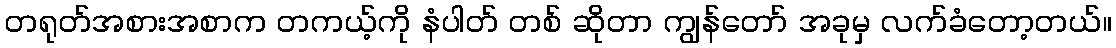
တရုတ်အစားအစာက တကယ့်ကို နံပါတ် တစ် ဆိုတာ ကျွန်တော် အခုမှ လက်ခံတော့တယ်။